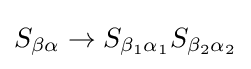
S_{\beta \alpha }\rightarrow S_{\beta _{1}\alpha _{1}}S_{\beta _{2}\alpha _{2}}